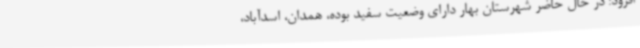
افزود: در حال حاضر شهرستان بهار دارای وضعیت سفید بوده، همدان، اسدآباد،